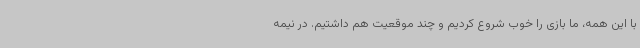
با این همه، ما بازی را خوب شروع کردیم و چند موقعیت هم داشتیم. در نیمه